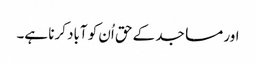
اور مساجد کے حق اُن کو آباد کرنا ہے۔